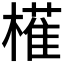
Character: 𭬈